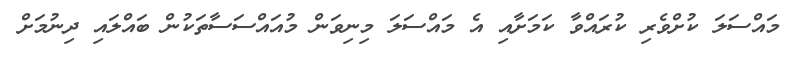
މައްސަލަ ކުށްވެރި ކުރައްވާ ކަމަށާއި އެ މައްސަލަ މިނިވަން މުއައްސަސާތަކުން ބައްލައި ދިނުމަށް